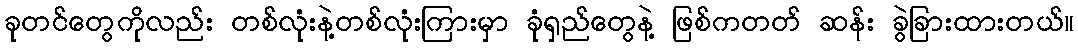
ခုတင်တွေကိုလည်း တစ်လုံးနဲ့တစ်လုံးကြားမှာ ခုံရှည်တွေနဲ့ ဖြစ်ကတတ် ဆန်း ခွဲခြားထားတယ်။